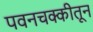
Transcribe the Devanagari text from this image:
पवनचक्कीतून